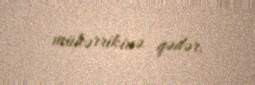
mühərrikinə qədər.